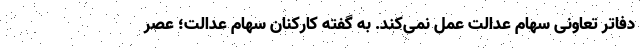
دفاتر تعاونی سهام عدالت عمل نمی‌کند. به گفته کارکنان سهام عدالت؛ عصر